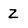
Character: Z